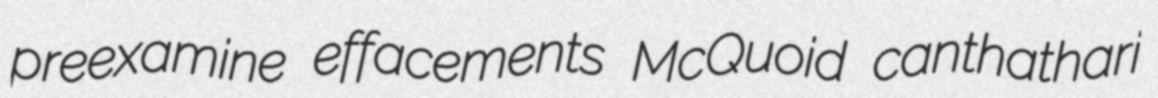
preexamine effacements McQuoid canthathari